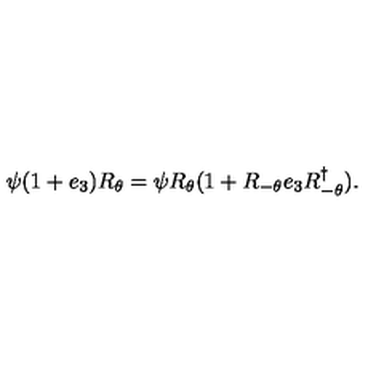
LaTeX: \psi ( 1 + e _ { 3 } ) R _ { \theta } = \psi R _ { \theta } ( 1 + R _ { - \theta } e _ { 3 } R _ { - \theta } ^ { \dagger } ) .